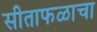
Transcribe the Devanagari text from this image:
सीताफळाचा